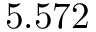
5 . 5 7 2